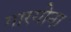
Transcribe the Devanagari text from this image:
गारगोना